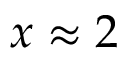
x \approx 2